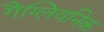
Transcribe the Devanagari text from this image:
गैंग्लियनिक